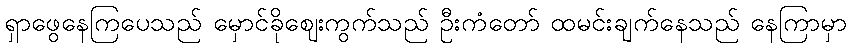
ရှာဖွေနေကြပေသည် မှောင်ခိုဈေးကွက်သည် ဦးကံတော် ထမင်းချက်နေသည် နေကြာမှာ